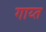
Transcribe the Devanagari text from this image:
गाय्त